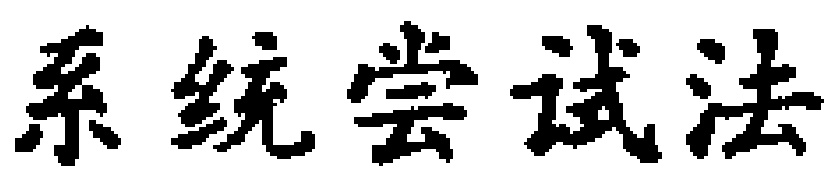
系统尝试法